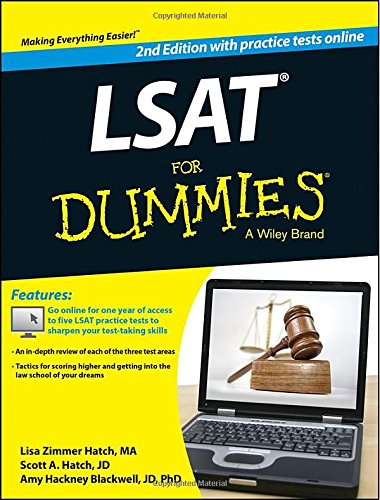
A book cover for LSAT For Dummies (with Free Online Practice Tests); Lisa Zimmer Hatch; Test Preparation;